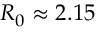
R _ { 0 } \approx 2 . 1 5